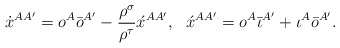
\begin{align*}\dot{x}^{AA'} = o^A \bar{o}^{A'}- \frac{\rho ^\sigma}{\rho ^\tau}\acute{x}^{AA'}, \,\,\,\,\acute{x}^{AA'} = o^A \bar{\iota}^{A'} + \iota^A \bar{o}^{A'}.\end{align*}